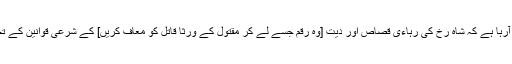
مگر اب سننے میں آرہا ہے کہ شاہ رخ کی رہاءی قصاص اور دیت [وہ رقم جسے لے کر مقتول کے ورثا قاتل کو معاف کریں] کے شرعی قوانین کے تحت ہونے والی ہے۔